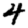
Digit: 4